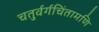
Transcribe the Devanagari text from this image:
चतुर्वर्गचिंतामणि